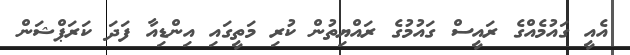
އެއީ ގައުމެއްގެ ރަައީސް ގައުމުގެ ރައްޔިތުން ކުރި މަތީގައި އިންޑިއާ ފަދަ ކަރަޕްޝަން